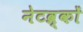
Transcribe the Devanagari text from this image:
नेटव्र्कों